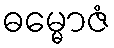
ဓမ္မောဇံ